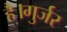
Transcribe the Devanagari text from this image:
है।गुर्जर